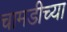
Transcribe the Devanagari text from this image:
चामडीच्या